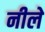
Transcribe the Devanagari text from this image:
नीले